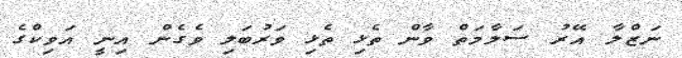
ނަޒްލާ އޭރު ސަލާމަތް ވާން ތެޅި ތެޅި ވަރުބަލި ވެގެން އިނީ އަވިކްގެ